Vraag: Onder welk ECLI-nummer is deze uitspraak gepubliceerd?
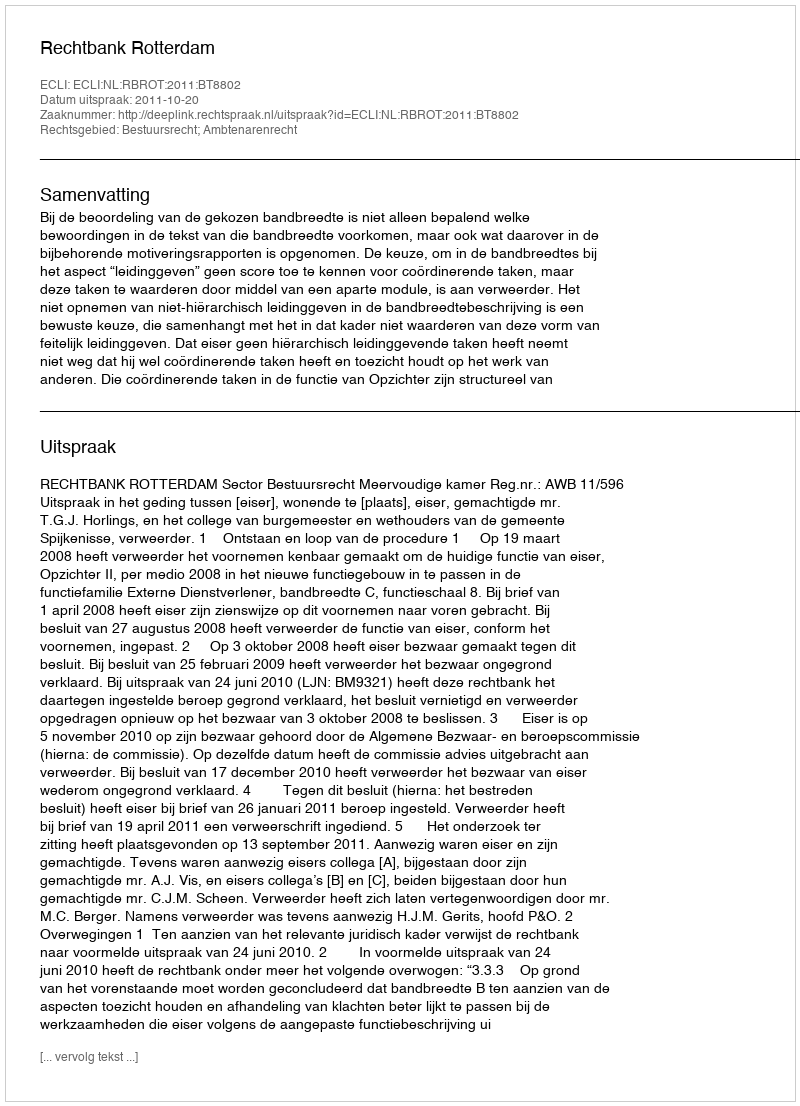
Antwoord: ECLI:NL:RBROT:2011:BT8802